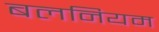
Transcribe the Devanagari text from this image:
बलनियम